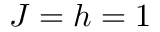
J = h = 1